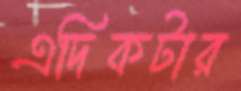
এদিকটার